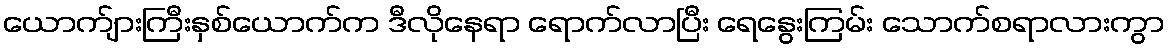
ယောက်ျားကြီးနှစ်ယောက်က ဒီလိုနေရာ ရောက်လာပြီး ရေနွေးကြမ်း သောက်စရာလားကွာ